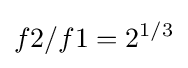
f2/f1=2^{1/3}